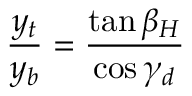
\frac { y _ { t } } { y _ { b } } = \frac { \tan \beta _ { H } } { \cos \gamma _ { d } }